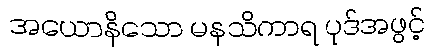
အယောနိသော မနသိကာရ ပုဒ်အဖွင့်